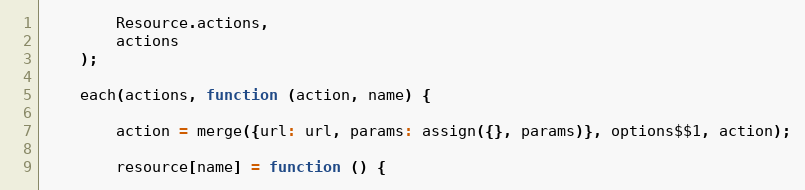
Language: JavaScript
        Resource.actions,
        actions
    );

    each(actions, function (action, name) {

        action = merge({url: url, params: assign({}, params)}, options$$1, action);

        resource[name] = function () {